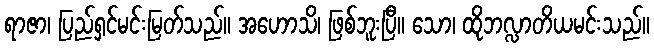
ရာဇာ၊ ပြည်ရှင်မင်းမြတ်သည်။ အဟောသိ၊ ဖြစ်ဘူးပြီ။ သော၊ ထိုဘလ္လာတိယမင်းသည်။